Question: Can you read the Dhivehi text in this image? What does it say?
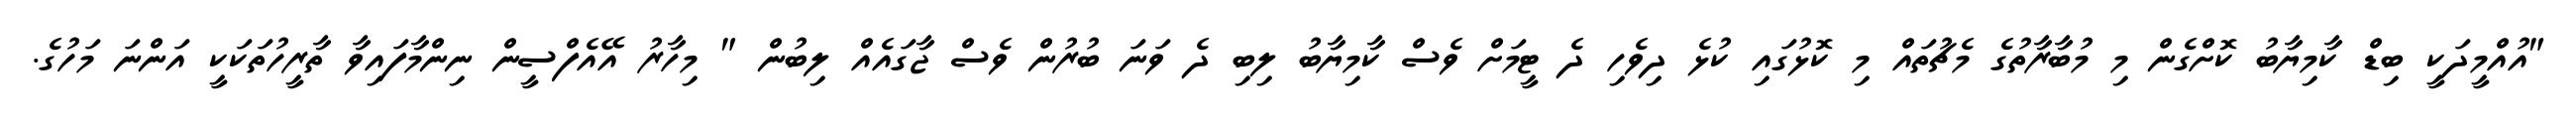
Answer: "އުއްމީދަކީ ބިޑް ކާމިޔާބު ކޮށްގެން މި މުބާރާތުގެ މެޗުތައް މި ކޮޅުގައި ކުޅެ ދިވެހި ދެ ޓީމަށް ވެސް ކާމިޔާބު ލިބި ދެ ވަނަ ބުރުން ވެސް ޖާގައެއް ލިބުން " މިހާރު އޭއެފްސީން ނިންމާފައިވާ ތާރީހުތަކަކީ އަންނަ މަހުގެ.